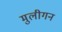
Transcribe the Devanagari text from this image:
मुलीगन